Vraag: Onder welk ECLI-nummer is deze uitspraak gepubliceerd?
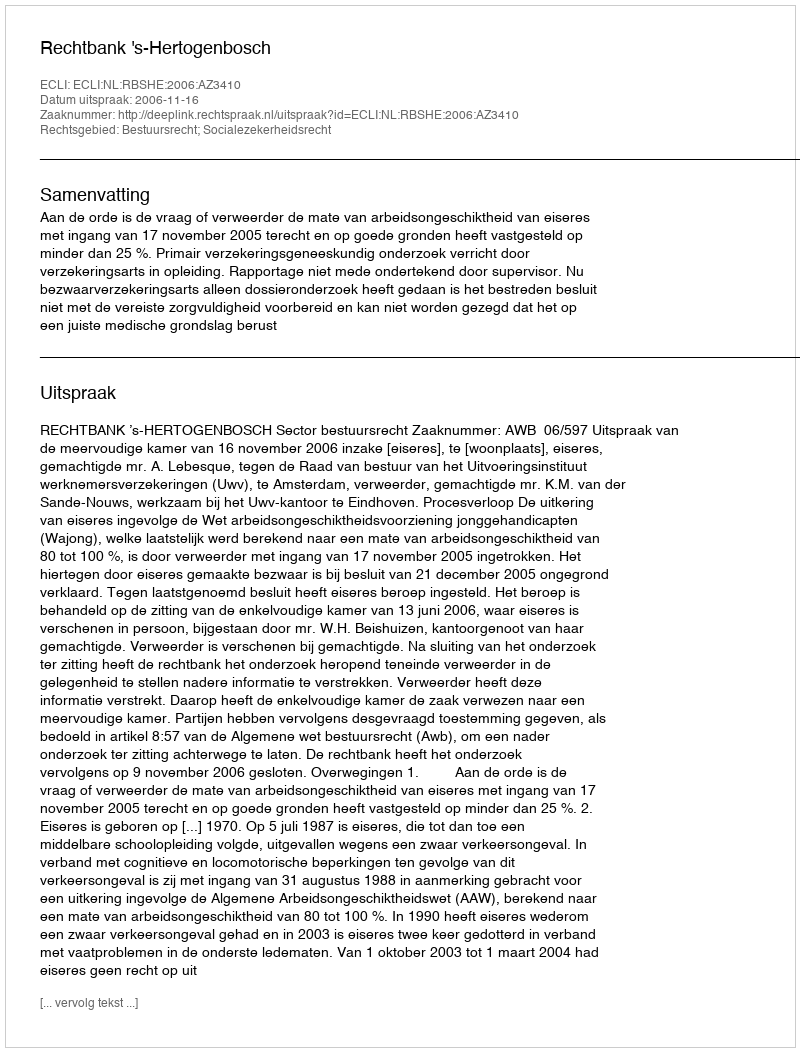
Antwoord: ECLI:NL:RBSHE:2006:AZ3410